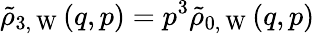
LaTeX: \tilde{\rho}_{3,\mathrm{~W~}}(q,p)=p^{3}\tilde{\rho}_{0,\mathrm{~W~}}(q,p)